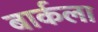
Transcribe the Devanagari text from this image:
बार्कला